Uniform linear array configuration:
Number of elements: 64
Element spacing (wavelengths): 0.75
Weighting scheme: kaiser
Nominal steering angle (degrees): -45
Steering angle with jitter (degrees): -46.068
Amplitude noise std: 0.05
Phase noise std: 0.05

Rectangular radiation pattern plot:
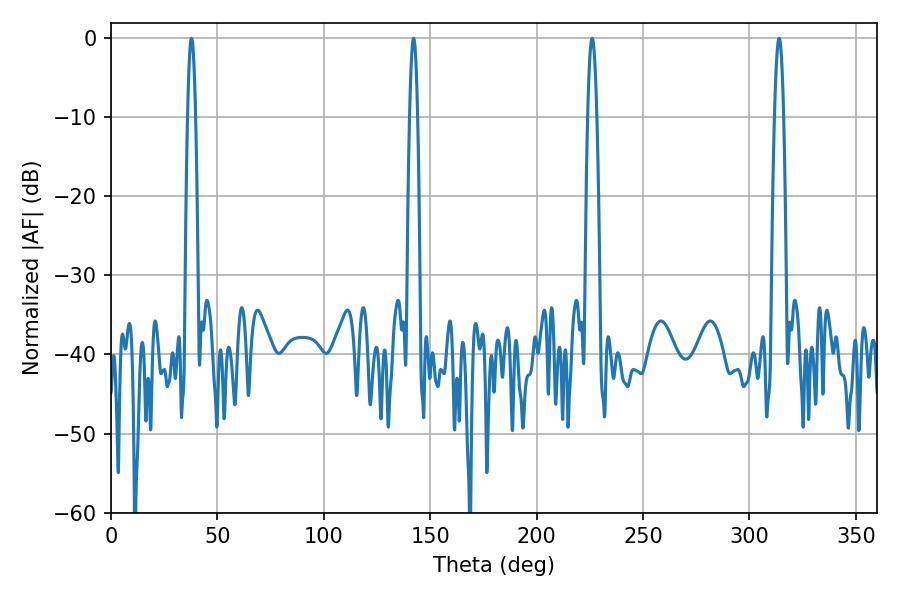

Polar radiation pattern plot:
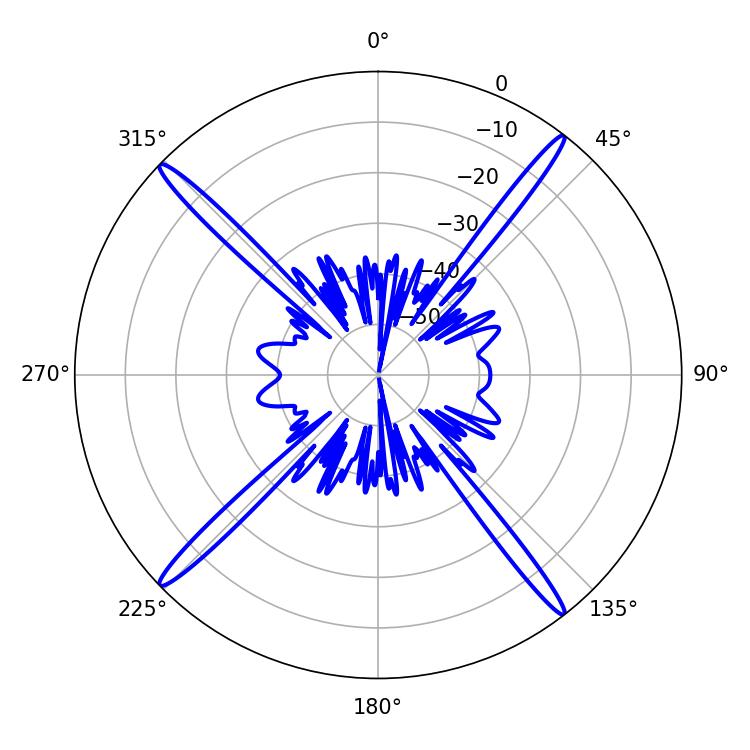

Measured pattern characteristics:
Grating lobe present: TRUE
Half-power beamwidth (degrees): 2.16
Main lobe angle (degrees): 313.92